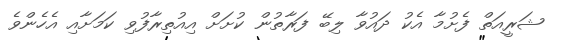
ޝަރީއަތް ފެށުމާ އެކު ދައުވާ ލިބޭ ފަރާތުން ކުށަށް އިއުތިރާފުވި ކަމަށާއި އެހެންވެ